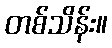
တစ်သိန်း။